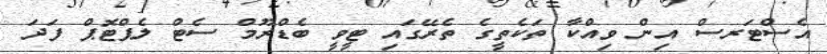
އެސްޓަރސް އިން ވިއްކާ ތަކެތީގެ ތެރޭގައި ޓީވީ ބެޑްރޫމް ސެޓް ލެޕްޓޮޕް ފަދަ